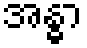
အန္ဓာ